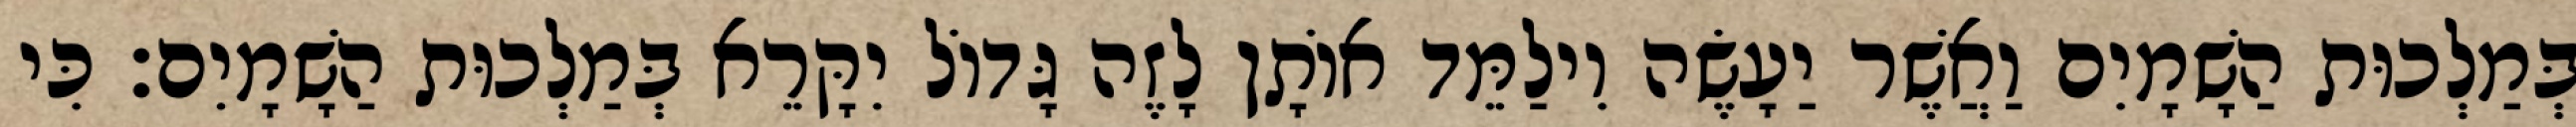
בְּמַלְכוּת הַשָׁמָיִם וַאֲשֶׁר יַעָשֶׂה וִילַמֵּד אוֹתָן לָזֶה גָּדוֹל יִקָּרֵא בְּמַלְכוּת הַשָׁמָיִם׃ כִּי